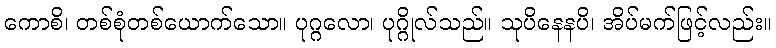
ကောစိ၊ တစ်စုံတစ်ယောက်သော။ ပုဂ္ဂလော၊ ပုဂ္ဂိုလ်သည်။ သုပိနေနပိ၊ အိပ်မက်ဖြင့်လည်း။